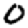
Digit: 0